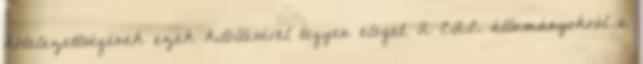
kötelezettségének ezek kitöltésével tegyen eleget. A C.A.C. állományokról a